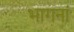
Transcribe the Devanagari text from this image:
भागनां